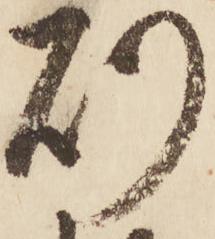
則